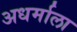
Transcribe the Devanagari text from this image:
अधर्माला